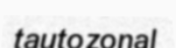
tautozonal